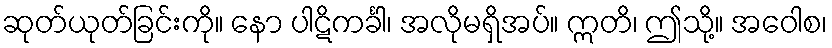
ဆုတ်ယုတ်ခြင်းကို။ နော ပါဋိကင်္ခါ၊ အလိုမရှိအပ်။ ဣတိ၊ ဤသို့။ အဝေါစ၊